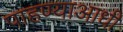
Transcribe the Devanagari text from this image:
पाहण्याआधी